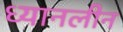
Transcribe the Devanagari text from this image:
ध्यानलीन